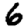
Digit: 6